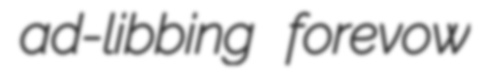
ad-libbing forevow